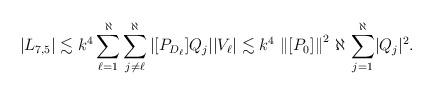
LaTeX: \begin{align*}\left\vert L_{7,5} \right\vert \lesssim k^4 \sum_{\ell = 1}^\aleph\sum_{j\neq\ell}^\aleph|[P_{D_\ell}]Q_j||V_\ell| \lesssim k^4 \, \left\lVert[P_0]\right\rVert^2 \, \aleph \, \sum_{j = 1}^\aleph \lvert Q_j \rvert^2.\end{align*}